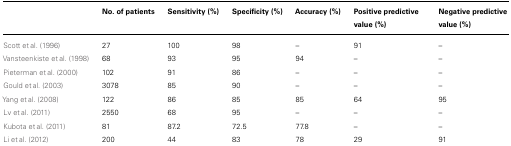
<table><thead><tr><td></td><td><b>No. of patients</b></td><td><b>Sensitivity (%)</b></td><td><b>Specificity (%)</b></td><td><b>Accuracy (%)</b></td><td><b>Positive predictive value (%)</b></td><td><b>Negative predictive value (%)</b></td></tr></thead><tbody><tr><td>Scott et al. (1996)</td><td>27</td><td>100</td><td>98</td><td>–</td><td>91</td><td>–</td></tr><tr><td>Vansteenkiste et al. (1998)</td><td>68</td><td>93</td><td>95</td><td>94</td><td>–</td><td>–</td></tr><tr><td>Pieterman et al. (2000)</td><td>102</td><td>91</td><td>86</td><td>–</td><td>–</td><td>–</td></tr><tr><td>Gould et al. (2003)</td><td>3078</td><td>85</td><td>90</td><td>–</td><td>–</td><td>–</td></tr><tr><td>Yang et al. (2008)</td><td>122</td><td>86</td><td>85</td><td>85</td><td>64</td><td>95</td></tr><tr><td>Lv et al. (2011)</td><td>2550</td><td>68</td><td>95</td><td>–</td><td>–</td><td>–</td></tr><tr><td>Kubota et al. (2011)</td><td>81</td><td>87.2</td><td>72.5</td><td>77.8</td><td>–</td><td>–</td></tr><tr><td>Li et al. (2012)</td><td>200</td><td>44</td><td>83</td><td>78</td><td>29</td><td>91</td></tr></tbody></table>